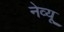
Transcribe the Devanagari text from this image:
नेव्यू